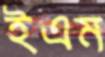
ইএম